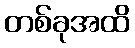
တစ်ခုအထိ